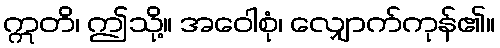
ဣတိ၊ ဤသို့။ အဝေါစုံ၊ လျှောက်ကုန်၏။